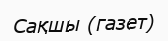
Сақшы (газет)